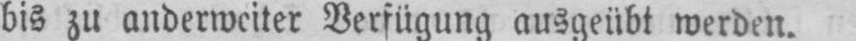
bis zu anderweiter Verfügung ausgeübt werden.